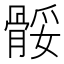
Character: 骽